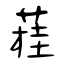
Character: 蓕